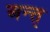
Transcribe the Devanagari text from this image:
अन्त्